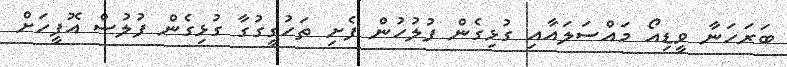
ބަރަހަނާ ވީޑިއޯ މައްސަލައާއި ގުޅިގެން ފުލުހުން ފެށި ތަހުގީގުގާ ގުޅިގެން ފުލުސް އޮފީހަށް